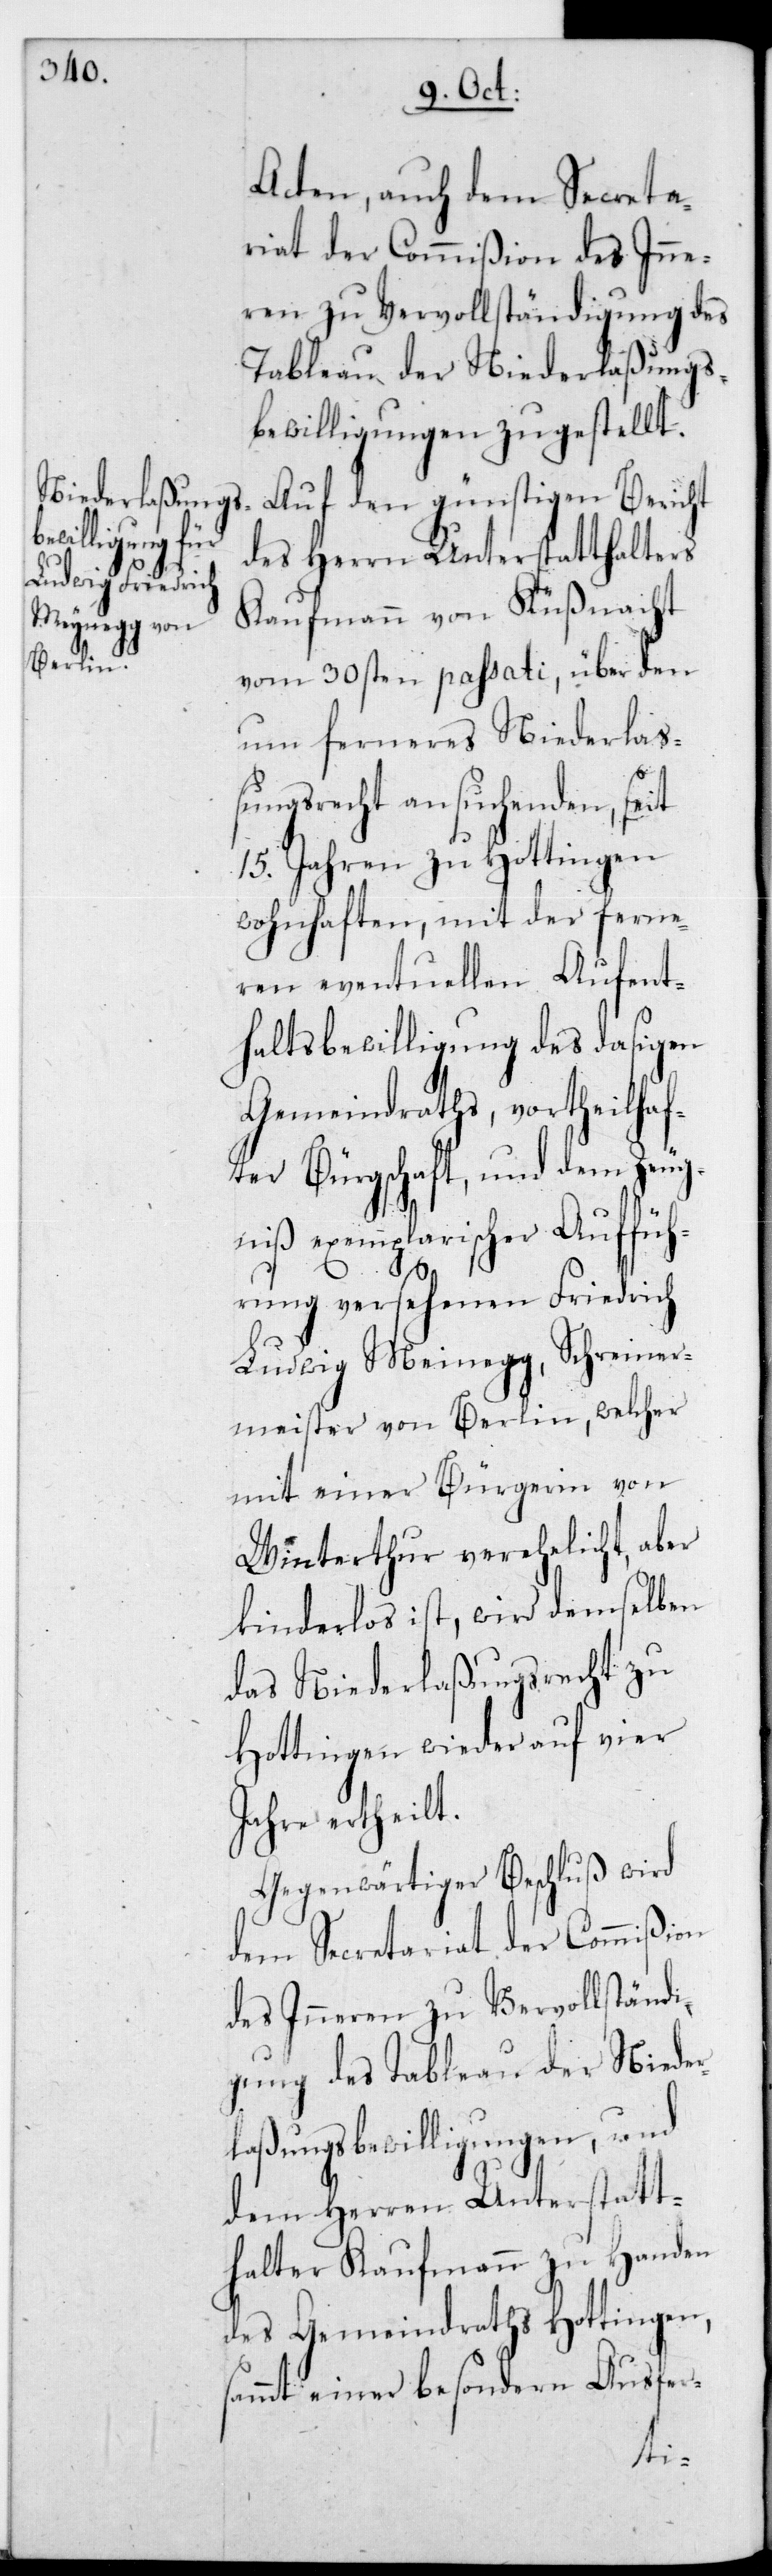
Schreiner¬

Acten, auch dem Secreta¬
riat der Commißion des Inne¬
ren zu Vervollständigung des
Tableau der Niederlaßungs¬
bewilligungen zugestellt.
Auf den günstigen Bericht
des Herrn Unterstatthalters
Kaufmann von Küßnacht
vom 30sten passati, über den
um ferneres Niederla¬
ßungsrecht ansuchenden, seit
15 Jahren zu Hottingen
wohnhaften, mit der ferne¬
ren eventuellen Aufent¬
haltsbewilligung des dasigen
Gemeindraths, vortheilhaf¬
ter Bürgschaft, und dem Zeug¬
niß exemplarischer Auffüh¬
rung versehenen Friedrich
meister von Berlin, welcher
mit einer Bürgerin von
Winterthur verehelicht, aber
kinderlos ist, wird demselben
das Niederlaßungsrecht zu
Hottingen wieder auf vier
Jahre ertheilt.
Gegenwärtiger Beschluß wird
dem Secretariat der Commißion
des Inneren zu Vervollständi¬
gung des Tableau der Nieder¬
laßungsbewilligungen, und
dem Herrn Unterstatt¬
halter Kaufmann zu Handen
des Gemeindraths Hottingen,
sammt einer besonderen